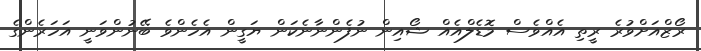
ރޯޒްއަށްވުރެ ރީތި އެއްވެސް މޮޑެލްއެއް ޝޯއިން ނުފެންނާނެކަން ޔަގީން އެހެންވެ ބޭނުންވަނީ އަހަރެންގެ